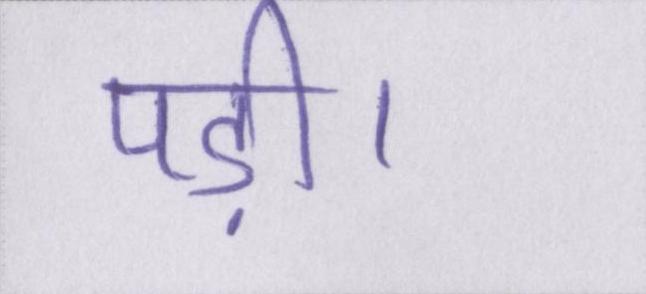
पड़ी।